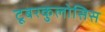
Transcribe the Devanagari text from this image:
टूबरकुलोसिस